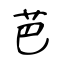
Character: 芭